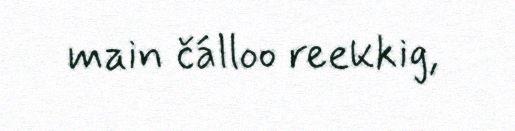
main čálloo reekkig,